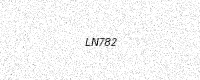
Text: LN782